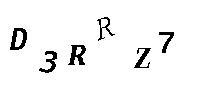
D3EEZ7